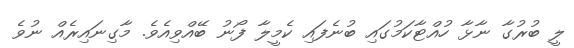
ލީ ބުރުގާ ނާޅާ ހުއްޓާކަމުގައި ބުނެފައި ކެމީލާ ފޯނު ބޭއްވިއެވެ. މާގިނައިރެއް ނުވެ